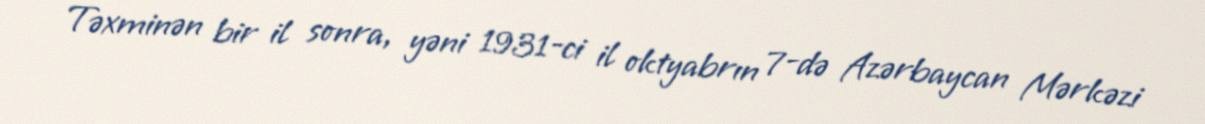
Təxminən bir il sonra, yəni 1931-ci il oktyabrın 7-də Azərbaycan Mərkəzi